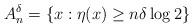
LaTeX: \begin{align*}A_n^\delta=\{x:\eta(x)\geq n \delta \log 2 \}\end{align*}